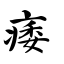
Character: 痿